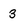
Character: 3